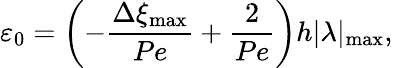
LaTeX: \varepsilon_{0}=\left(-\frac{\Delta\xi_{\operatorname*{max}}}{Pe}+\frac{2}{Pe}\right)h|\lambda|_{\operatorname*{max}},